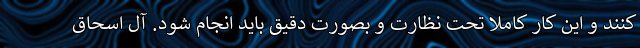
کنند و این کار کاملا تحت نظارت و بصورت دقیق باید انجام شود. آل اسحاق